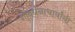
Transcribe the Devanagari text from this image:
गोवर्धनाचार्यांची